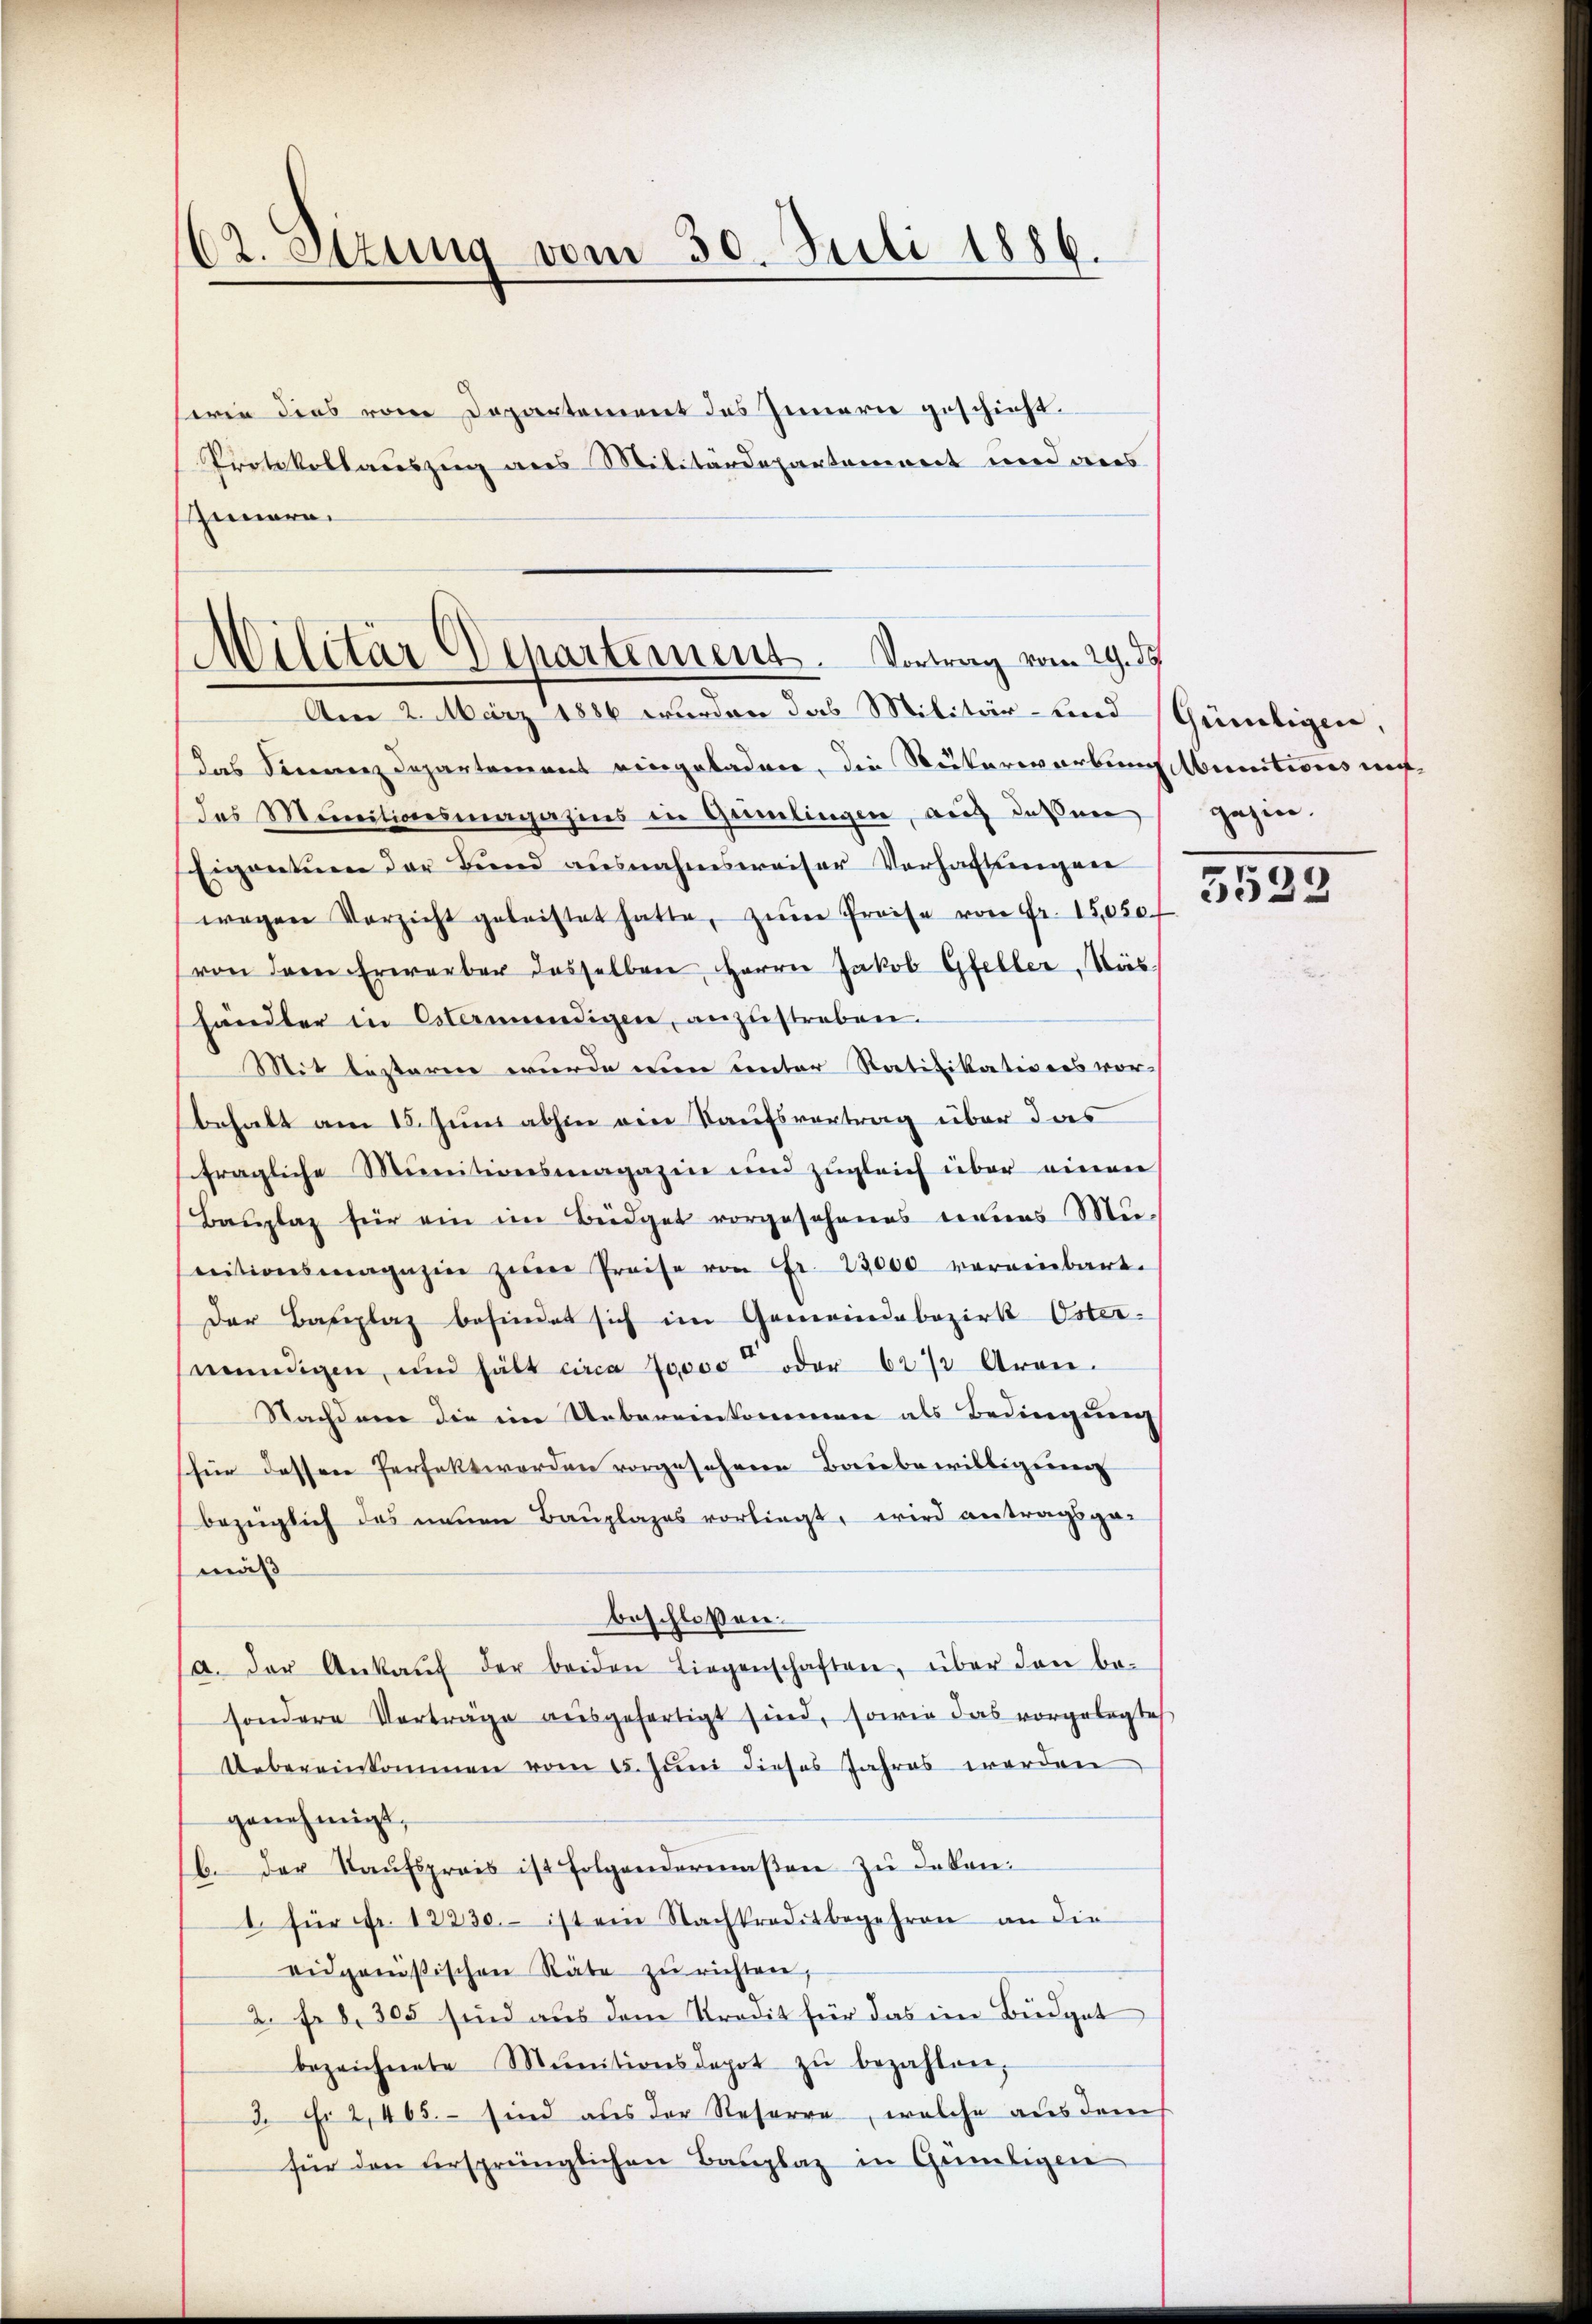
62. Sizung vom 30. Juli 1886.

serin dies vom Departement des Innern geschieht.
Protokollauszug aus Militärdepartenwert und deres
Iunara

das Finanzdepartement eingeladen, die Rükerwerbung Munitions aufdas Munitionsmagazins in Grimmlingen, auf deßner gegen.
Eigentum der Bund ausnahmsweiser Verhaltungen
wegen Verzicht geleistet hatte, zŭm Preise von Fr. 15,050f
(von dem Erwerber dasselben, Herrn Jakob Gfeller, Käs
handler in Ostermündigen, anzustreben.
Mit besteren wurde eien unter Ratifikationes vorbehalt am 15. Juni abhin eine Kaufsvertrag über das
fragliche Munitionsmagazin und zŭgleich über einen
Bauplaz für ein im Büdget vorgesehenes neues Mu-
nitionsmagazin zur Preise von Fr. 23000 vereinbart.
Der Basiplaz befindet sich im Gemeindebezirk Oster-
wendigen, und hält circa 20000 oder 621 Aron.
Nachdem die im Uebereinkommen als Bedingung
(für dessen Perfekt worden vorgesehene Baubewilligung
bezüglich das neuen Bauplages vorliegt, wird antragsgemäß
beschlossen:
a. der Ankaŭf der beiden Liegenschaften, über den be-
sondere Vorträge aŭsgefertigt sind, sowie das vorgelegte
Uebereinkommen vom 15. Juni dieses Jahres werden
genehmigt,
C der Kaŭfspreis ist folgendermaβen zŭ dekan
1. für fr. 12230.- ist ein Nachkreditbegehren an die
eidgenößischen Räte zŭ richten,
2. f. 8. 305 sind aus dem Predit für das ein Büdget
bezeichnete Munitionsdepot zŭ bezahlen,
3. Fr 2, 465. – sind aus der Reserre, welche aus dem
für den versprünglichen Bauplaz in Günligen

Militär Departement. Vortrag vom 29. 37
Am 2. März 1886 wurden das Militär- und Gündigen,

5522